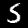
Label: 5